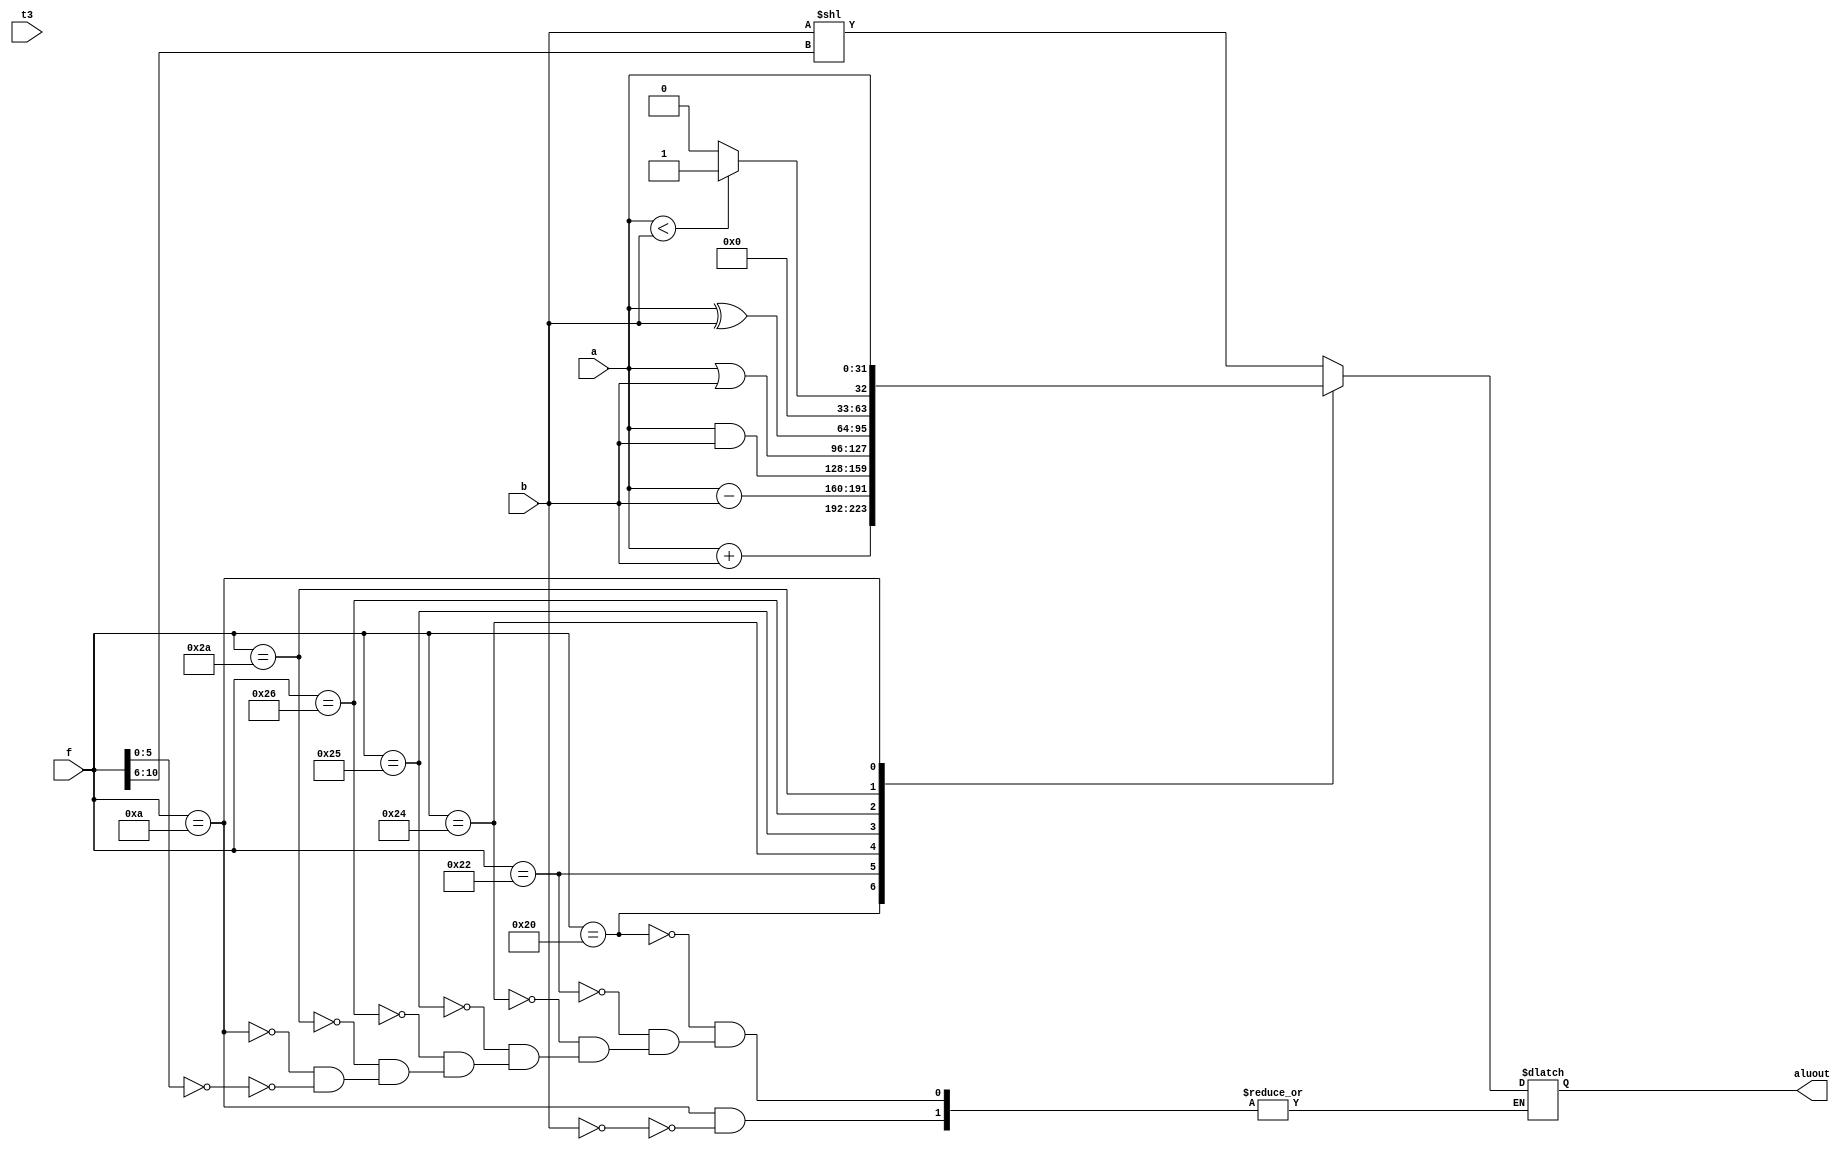
module alu (
    input t3,
    input [31:0] a,
    input [31:0] b,
    input [10:0] f,
    output reg [31:0] aluout
);

always @(a,b,f) begin 
            case (f)
                11'b00000100000: aluout <= a + b; // 
                11'b00000100010: aluout <= a - b; // 
                11'b00000100100: aluout <= a & b; // 
                11'b00000100101: aluout <= a | b; // 
                11'b00000100110: aluout <= a ^ b; // 
                11'b00000101010: aluout <= (a < b) ? 1 : 0; // 
                11'b00000001010: if (b == 0) #1 aluout <= a; // 
                default : begin 
                    if (f[5:0]==6'b000000) begin
                    aluout <= b <<f[10:6]; // 
                    end
                end
            endcase
    end

endmodule